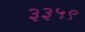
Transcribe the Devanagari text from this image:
३३५९